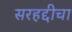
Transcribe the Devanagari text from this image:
सरहद्दीचा